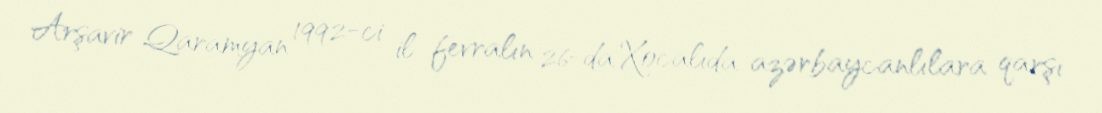
Arşavir Qaramyan 1992-ci il fevralın 26-da Xocalıda azərbaycanlılara qarşı